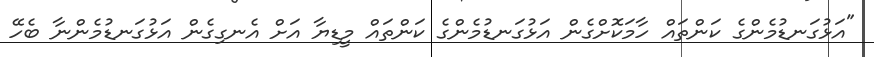
"އަޅުގަނޑުމެންގެ ކަންތައް ހާމަކޮށްގެން އަޅުގަނޑުމެންގެ ކަންތައް މީޑިޔާ އަށް އެނގިގެން އަޅުގަނޑުމެންނާ ބެހޭ